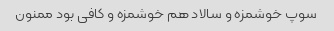
سوپ خوشمزه و سالاد هم خوشمزه و کافی بود ممنون